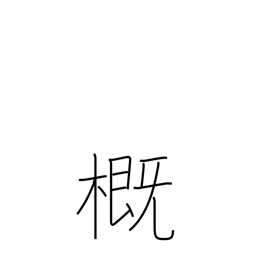
Meaning: approximation